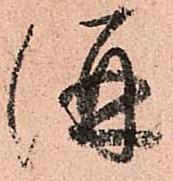
併